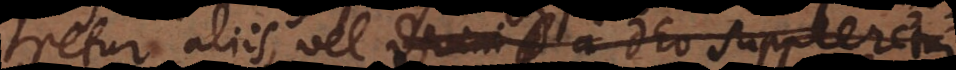
retur aliis, vel divini a Deo suppleretur